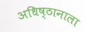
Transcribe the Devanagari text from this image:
अधिष्ठानाला